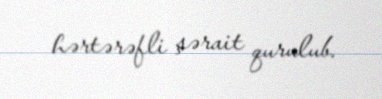
hərtərəfli şərait qurulub.